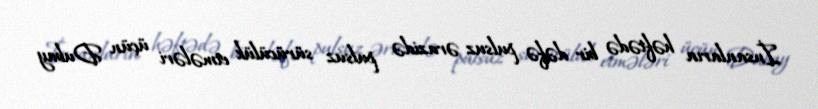
İnsanların həftədə bir dəfə pulsuz ərazidə pulsuz sürücülük etmələri üçün Dubay